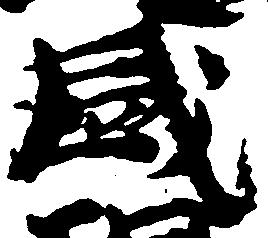
盛